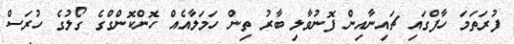
ފުރަތަމަ ހާފްގައި ޗައިނާއިން ފޮނުވާލި ބާރު ތިން ހަމަލާއެއް ހޮންކޮންގްގެ ގޯލުގެ ހުރަސް